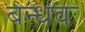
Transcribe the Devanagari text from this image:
बन्धवः